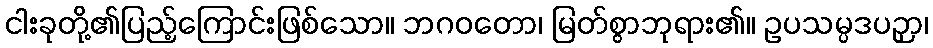
ငါးခုတို့၏ပြည့်ကြောင်းဖြစ်သော။ ဘဂဝတော၊ မြတ်စွာဘုရား၏။ ဥပသမ္ပဒပဉှာ၊